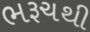
ભરૂચથી